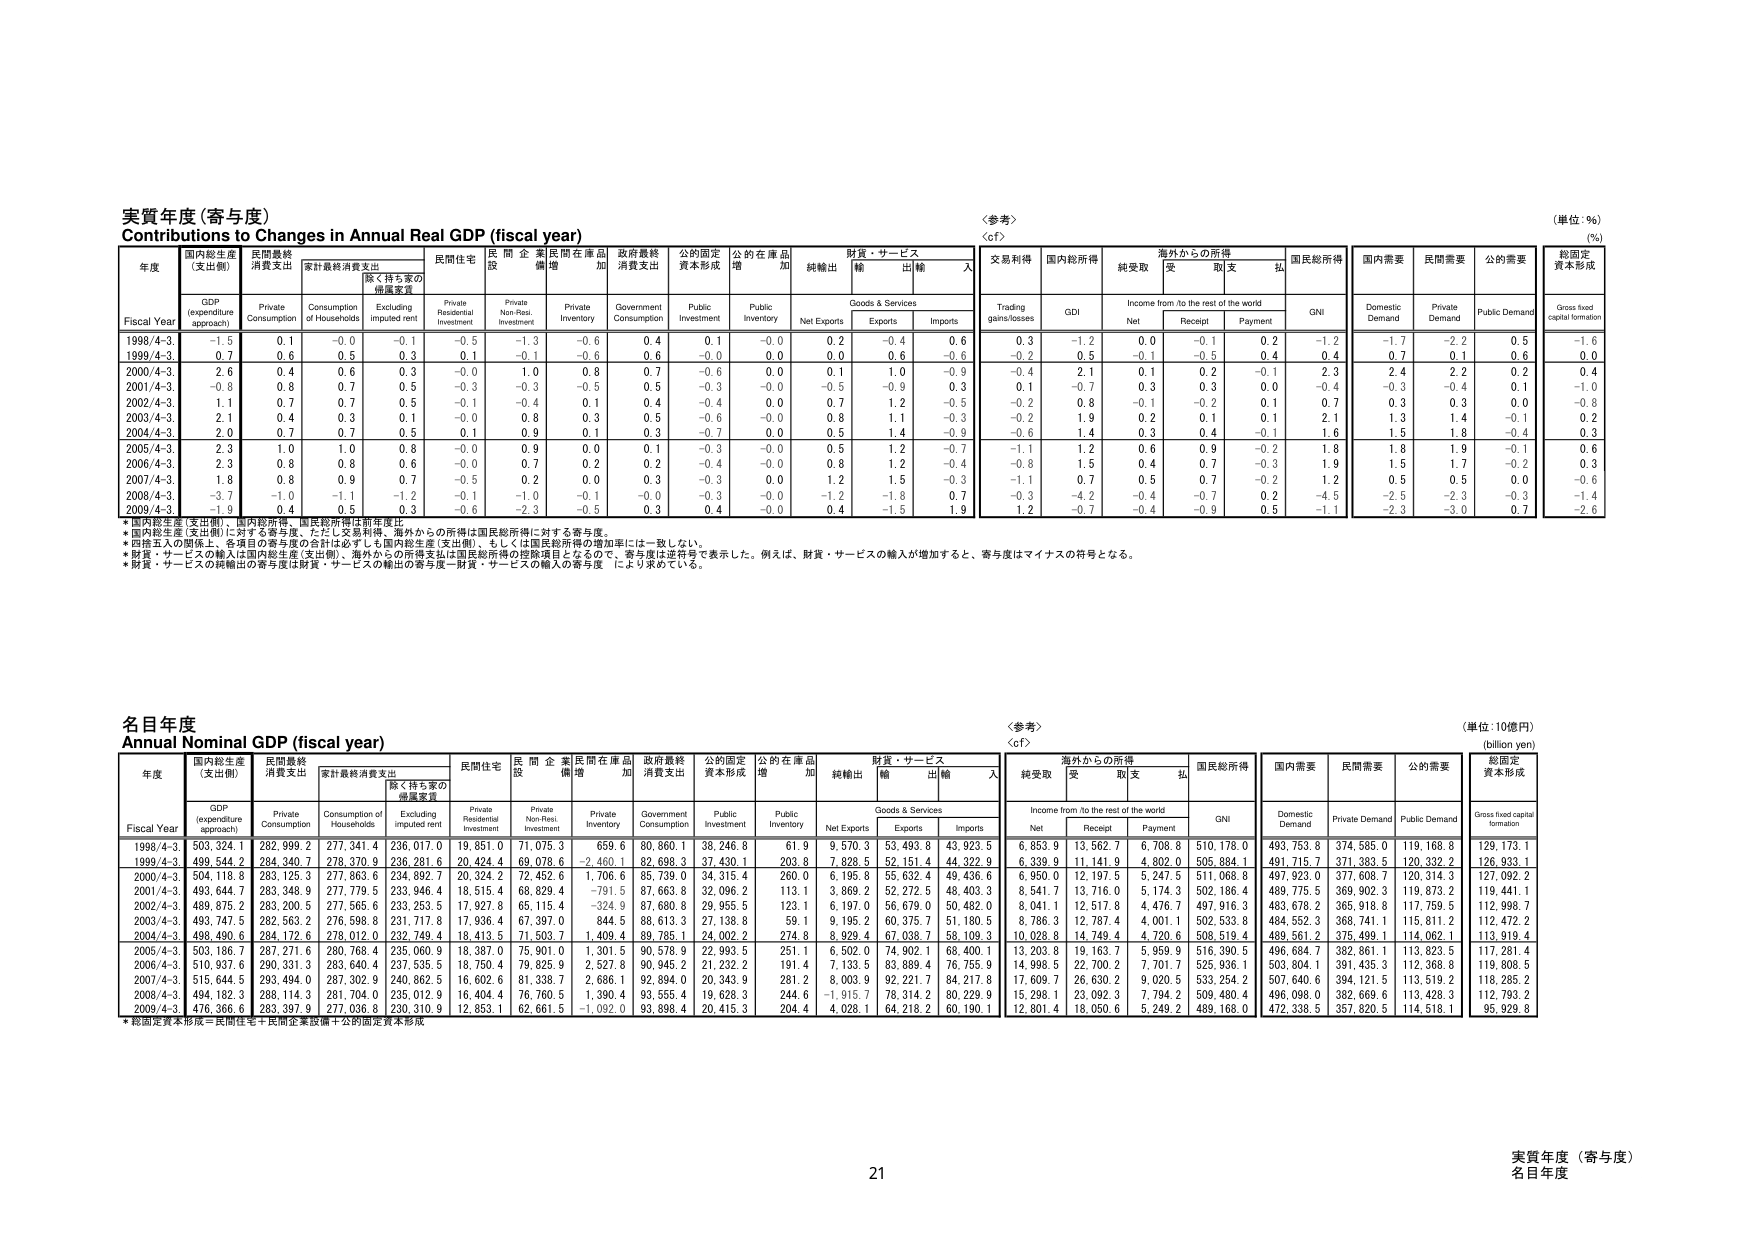
実質年度（寄与度）
Contributions to Changes in Annual Real GDP (fiscal year)
（単位：％）
（％）

年度
国内総生産（支出側）
民間最終消費支出
家計最終消費支出
除く持ち家の価格変動
民間住宅
民間企業設備
民間在庫品増加
政府最終消費支出
公的固定資本形成
公的在庫品増加
財貨・サービス
純輸出
輸入
交易利得
国内総所得
純受取
海外からの所得
国民総所得
国内需要
民間需要
公的需要
総固定資本形成

Fiscal Year
GDP (expenditure approach)
Private Consumption
Consumption of Households
Excluding imputed rent
Private Residential Investment
Private Non-Resi. Investment
Private Inventory
Government Consumption
Public Investment
Public Inventory
Net Exports
Goods & Services
Exports
Imports
Trading gains/losses
GDI
Income from /to the rest of the world
Net
Receipt
Payment
GNI
Domestic Demand
Private Demand
Public Demand
Gross fixed capital formation

1998/4-3.
-1.5
0.1
-0.0
-0.1
-0.5
-1.3
-0.6
0.4
0.1
-0.0
0.2
-0.4
0.6
0.3
-1.2
0.0
-0.1
0.2
-1.2
-1.7
-2.2
0.5
-1.6

1999/4-3.
0.7
0.6
0.5
0.3
0.1
-0.1
-0.6
0.6
-0.0
0.0
0.0
0.6
-0.6
-0.2
0.5
-0.1
-0.5
0.4
0.4
0.7
0.1
0.6
0.0

2000/4-3.
2.6
0.4
0.6
0.3
-0.0
1.0
0.8
0.7
-0.6
0.0
0.1
1.0
-0.9
-0.4
2.1
0.1
0.2
-0.1
2.3
2.4
2.2
0.2
0.4

2001/4-3.
-0.8
0.8
0.7
0.5
-0.3
-0.3
-0.5
0.5
-0.3
-0.0
-0.5
-0.9
0.3
0.1
-0.7
0.3
0.3
0.0
-0.4
-0.3
-0.4
0.1
-1.0

2002/4-3.
1.1
0.7
0.7
0.5
-0.1
-0.4
0.1
0.4
-0.4
0.0
0.7
1.2
-0.5
-0.2
0.8
-0.1
-0.2
0.1
0.7
0.3
0.3
0.0
-0.8

2003/4-3.
2.1
0.4
0.3
0.1
-0.0
0.8
0.3
0.5
-0.6
-0.0
0.8
1.1
-0.3
-0.2
1.9
0.2
0.1
0.1
2.1
1.3
1.4
-0.1
0.2

2004/4-3.
2.0
0.7
0.7
0.5
0.1
0.9
0.1
0.3
-0.7
0.0
0.5
1.4
-0.9
-0.6
1.4
0.3
0.4
-0.1
1.6
1.5
1.8
-0.4
0.3

2005/4-3.
2.3
1.0
1.0
0.8
-0.0
0.9
0.0
0.1
-0.3
-0.0
0.5
1.2
-0.7
-1.1
1.2
0.6
0.9
-0.2
1.8
1.8
1.9
-0.1
0.6

2006/4-3.
2.3
0.8
0.8
0.6
-0.0
0.7
0.2
0.2
-0.4
-0.0
0.8
1.2
-0.4
-0.8
1.5
0.4
0.7
-0.3
1.9
1.5
1.7
-0.2
0.3

2007/4-3.
1.8
0.8
0.9
0.7
-0.5
0.2
0.0
0.3
-0.3
0.0
1.2
1.5
-0.3
-1.1
0.7
0.5
0.7
-0.2
1.2
0.5
0.5
0.0
-0.6

2008/4-3.
-3.7
-1.0
-1.1
-1.2
-0.1
-1.0
-0.1
-0.0
-0.3
-0.0
-1.2
-1.8
0.7
-0.3
-4.2
-0.4
-0.7
0.2
-4.5
-2.5
-2.3
-0.3
-1.4

2009/4-3.
-1.9
0.4
0.5
0.3
-0.6
-2.3
-0.5
0.3
0.4
-0.0
0.4
-1.5
1.9
1.2
-0.7
-0.4
-0.9
0.5
-1.1
-2.3
-3.0
0.7
-2.6

*国内総生産（支出側）、国内総所得、国民総所得は前年度比
*国内総生産（支出側）に対する寄与度、ただし交渉利得、海外からの所得は国民総所得に対する寄与度。
*四捨五入の関係上、各項目の寄与度の合計は必ずしも国内総生産（支出側）、もしくは国民総所得の増加率には一致しない。
*財貨・サービスの輸入は国内総生産（支出側）、海外からの所得支出は国民総所得の控除項目となるので、寄与度は逆符号で表示した。例えば、財貨・サービスの輸入が増加すると、寄与度はマイナスの符号となる。
*財貨・サービスの純輸出の寄与度は財貨・サービスの輸出の寄与度－財貨・サービスの輸入の寄与度 により求めている。

名目年度
Annual Nominal GDP (fiscal year)
（単位：10億円）
（billion yen）

年度
国内総生産（支出側）
民間最終消費支出
家計最終消費支出
除く持ち家の価格変動
民間住宅
民間企業設備
民間在庫品増加
政府最終消費支出
公的固定資本形成
公的在庫品増加
財貨・サービス
純輸出
輸入
純受取
海外からの所得
国民総所得
国内需要
民間需要
公的需要
総固定資本形成

Fiscal Year
GDP (expenditure approach)
Private Consumption
Consumption of Households
Excluding imputed rent
Private Residential Investment
Private Non-Resi. Investment
Private Inventory
Government Consumption
Public Investment
Public Inventory
Net Exports
Goods & Services
Exports
Imports
Income from /to the rest of the world
Net
Receipt
Payment
GNI
Domestic Demand
Private Demand
Public Demand
Gross fixed capital formation

1998/4-3.
503,324.1
282,999.2
277,341.4
236,017.0
19,851.0
71,075.3
659.6
80,860.1
38,246.8
61.9
9,570.3
53,493.8
43,923.5
6,853.9
13,562.7
6,708.8
510,178.0
493,753.8
374,585.0
119,168.8
129,173.1

1999/4-3.
499,544.2
284,340.7
278,370.9
236,281.6
20,424.4
69,078.6
-2,460.1
82,696.3
37,430.1
203.8
7,828.5
52,151.4
44,322.9
6,339.9
11,141.9
4,802.0
505,884.1
491,715.7
371,383.5
120,332.2
126,933.1

2000/4-3.
504,118.8
283,125.3
277,663.6
234,892.7
20,324.2
72,452.6
1,706.6
85,739.0
34,313.4
260.0
6,195.6
55,632.4
49,436.6
6,950.0
12,197.5
5,247.5
511,068.6
497,923.0
377,608.7
120,314.3
127,092.2

2001/4-3.
493,644.7
283,348.9
277,779.5
233,948.4
18,515.4
68,829.4
-791.5
87,663.8
32,096.2
113.1
3,069.2
52,272.5
49,403.3
8,541.7
13,716.0
5,174.3
502,186.4
489,775.5
369,902.3
119,873.2
119,441.1

2002/4-3.
489,875.2
283,200.5
277,565.6
233,253.5
17,927.8
65,115.4
-324.9
87,680.8
29,955.5
123.1
6,197.0
56,679.0
50,482.0
8,041.1
12,517.8
4,476.7
497,916.3
483,678.2
365,918.8
117,759.5
112,998.7

2003/4-3.
493,747.5
282,563.2
276,598.8
231,717.8
17,936.4
67,397.0
844.5
88,613.3
27,138.8
59.1
9,195.2
60,375.7
51,180.5
8,786.3
12,787.4
4,001.1
502,533.8
484,552.3
368,741.1
115,811.2
112,472.2

2004/4-3.
498,490.6
284,172.6
278,012.0
232,749.4
18,413.5
71,503.7
1,409.4
89,785.1
24,002.2
274.8
8,929.4
67,038.7
58,109.3
10,028.8
14,749.4
4,720.6
508,519.4
489,561.2
375,499.1
114,062.1
113,919.4

2005/4-3.
503,186.7
287,271.6
280,768.4
235,060.9
18,387.0
75,901.0
1,301.5
90,578.9
22,993.5
251.1
6,502.0
74,902.1
68,400.1
13,203.8
19,163.7
5,959.9
516,390.5
496,684.7
382,861.1
113,823.5
117,281.4

2006/4-3.
510,937.6
290,331.3
283,640.4
237,535.5
18,750.4
79,825.9
2,527.8
90,945.2
21,232.2
191.4
7,133.5
83,889.4
76,755.9
14,998.5
22,700.2
7,701.7
525,936.1
503,804.1
391,435.3
112,368.8
119,808.5

2007/4-3.
515,644.5
293,494.0
287,302.9
240,962.5
16,602.6
81,338.7
2,686.1
92,894.0
20,343.9
281.2
8,003.9
92,221.7
84,217.8
17,609.7
26,630.2
9,020.5
533,254.2
507,640.6
394,121.5
113,519.2
118,285.2

2008/4-3.
494,182.3
288,114.3
281,704.0
235,012.9
16,404.4
76,760.5
1,390.4
93,555.4
19,628.3
244.6
-1,915.7
78,314.2
80,229.9
15,298.1
23,092.3
7,794.2
509,480.4
496,098.0
382,669.6
113,428.3
112,793.2

2009/4-3.
476,366.6
283,397.9
277,036.8
230,310.9
12,853.1
62,661.5
-1,092.0
93,896.4
20,415.3
204.4
4,028.1
64,218.2
60,190.1
12,801.4
18,050.6
5,249.2
489,168.0
472,338.5
357,820.5
114,518.1
95,929.8

*総固定資本形成＝民間住宅＋民間企業設備＋公的固定資本形成

21
実質年度（寄与度）
名目年度